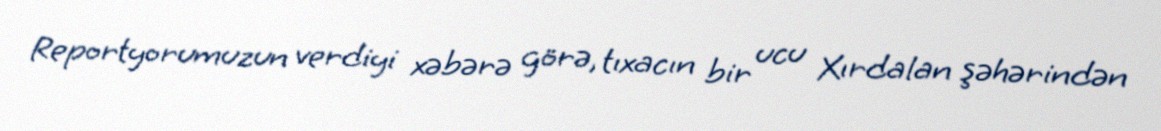
Reportyorumuzun verdiyi xəbərə görə, tıxacın bir ucu Xırdalan şəhərindən